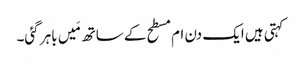
کہتی ہیں ایک دن ام مسطح کے ساتھ مَیں باہر گئی۔